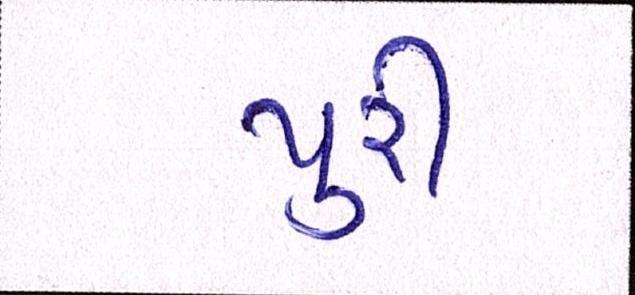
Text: પુરી